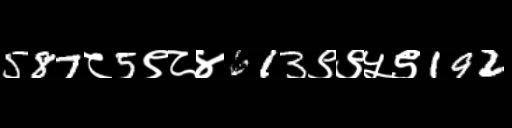
Text: 587८5९८४613९९५९192